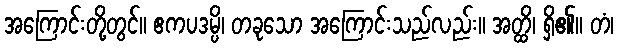
အကြောင်းတို့တွင်။ ဧကပဒမ္ပိ၊ တခုသော အကြောင်းသည်လည်း။ အတ္ထိ၊ ရှိ၏။ တံ၊